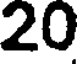
20